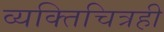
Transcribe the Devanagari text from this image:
व्यक्तिचित्रही